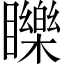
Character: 䁻